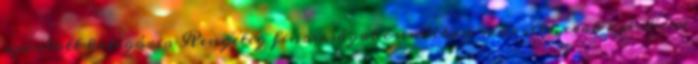
ajánlott kategória Rengeteg finomságot csináltam már vele, csak ajánlani